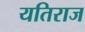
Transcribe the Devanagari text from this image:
यतिराज